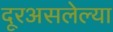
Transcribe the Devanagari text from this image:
दूरअसलेल्या